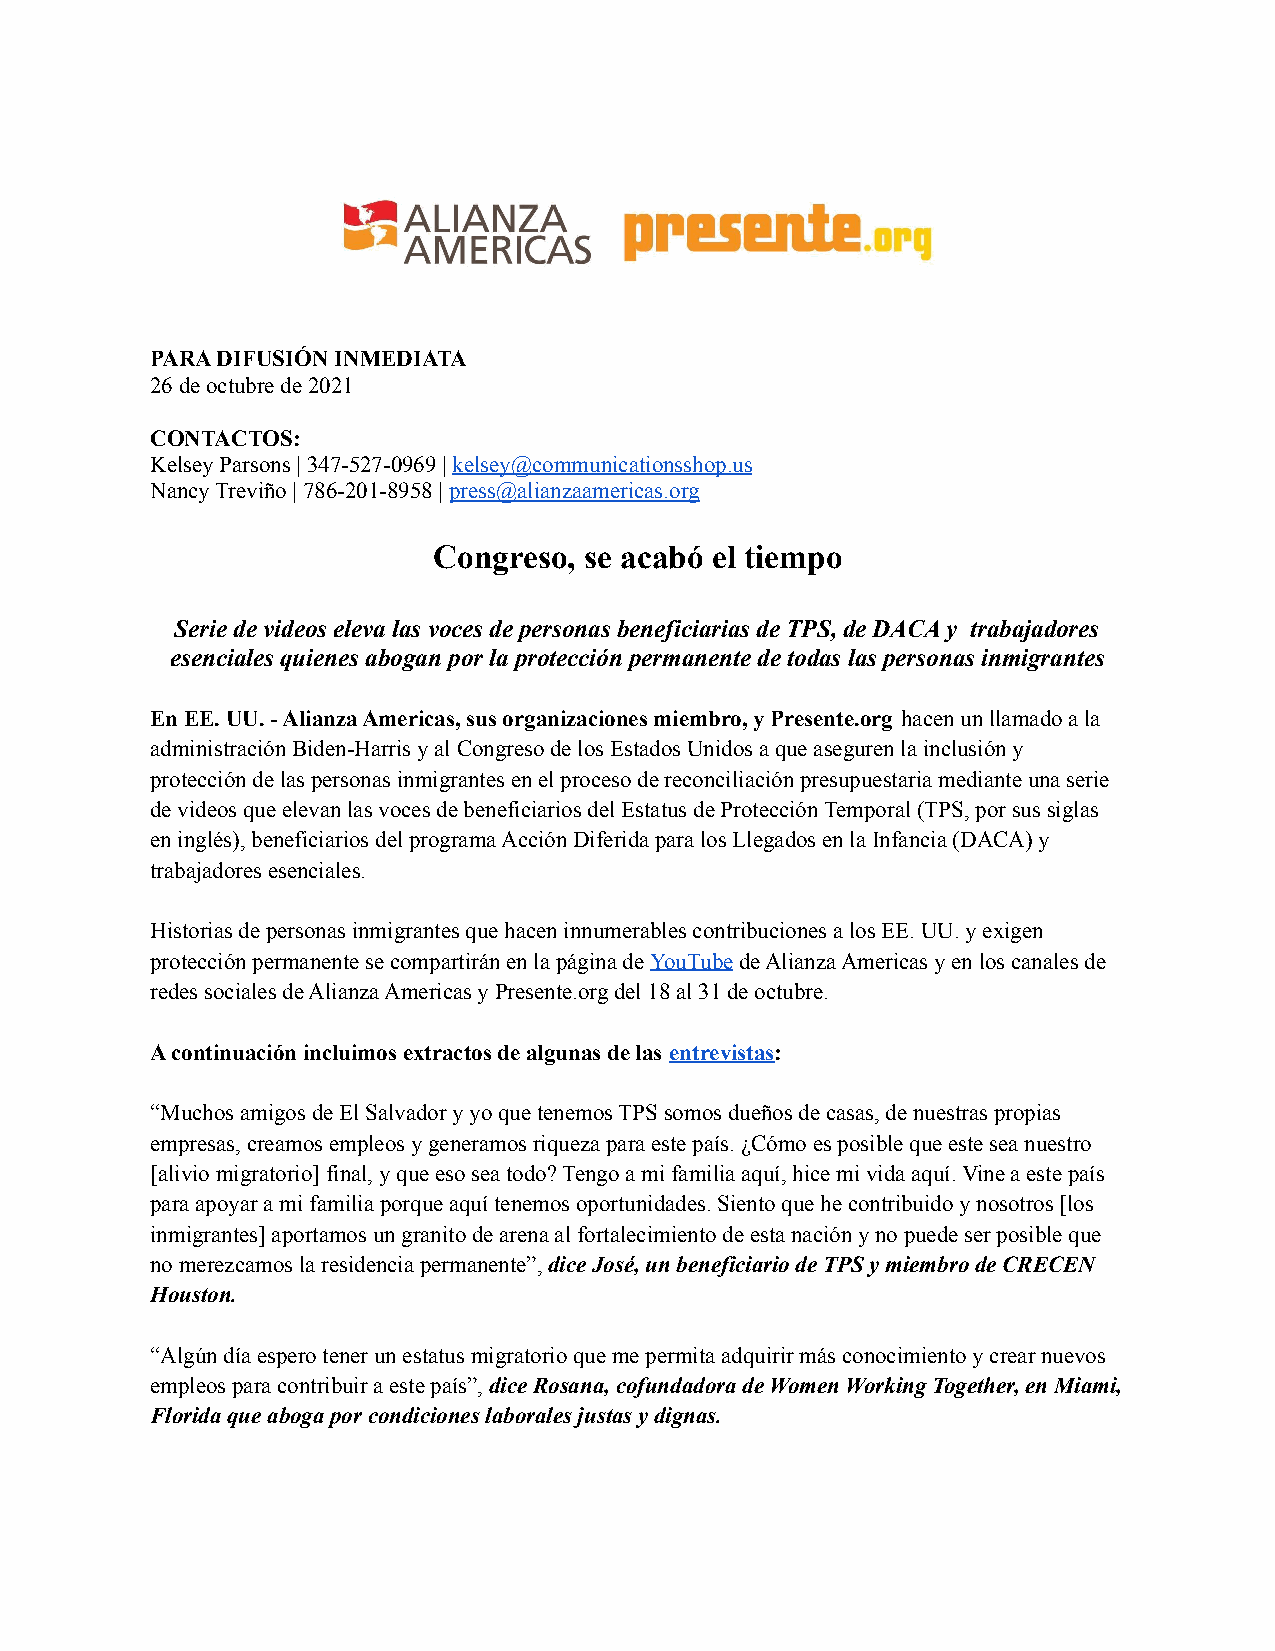
PARA DIFUSIÓN INMEDIATA
 26 de octubre de 2021
 CONTACTOS:
 Kelsey Parsons | 347-527-0969 |kelsey@communicationsshop.us
 Nancy Treviño | 786-201-8958 |press@alianzaamericas.org
 Congreso, se acabó el tiempo
 Serie de videos eleva las voces de personas beneficiarias de TPS, de DACA y trabajadores
 esenciales quienes abogan por la protección permanente de todas las personas inmigrantes
 En EE. UU. - Alianza Americas, sus organizaciones miembro, y Presente.org hacen un llamado a la
 administración Biden-Harris y al Congreso de los Estados Unidos a que aseguren la inclusión y
 protección de las personas inmigrantes en el proceso de reconciliación presupuestaria mediante una serie
 de videos que elevan las voces de beneficiarios del Estatus de Protección Temporal (TPS, por sus siglas
 en inglés), beneficiarios del programa Acción Diferida para los Llegados en la Infancia (DACA) y
 trabajadores esenciales.
 Historias de personas inmigrantes que hacen innumerables contribuciones a los EE. UU. y exigen
 protección permanente se compartirán en la página deYouTubede Alianza Americas y en los canales de
 redes sociales de Alianza Americas y Presente.org del 18 al 31 de octubre.
 A continuación incluimos extractos de algunas de las entrevistas:
 “Muchos amigos de El Salvador y yo que tenemos TPS somos dueños de casas, de nuestras propias
 empresas, creamos empleos y generamos riqueza para este país. ¿Cómo es posible que este sea nuestro
 [alivio migratorio] final, y que eso sea todo? Tengo a mi familia aquí, hice mi vida aquí. Vine a este país
 para apoyar a mi familia porque aquí tenemos oportunidades. Siento que he contribuido y nosotros [los
 inmigrantes] aportamos un granito de arena al fortalecimiento de esta nación y no puede ser posible que
 no merezcamos la residencia permanente”,dice José,un beneficiario de TPS y miembro de CRECEN
 Houston.
 “Algún día espero tener un estatus migratorio que me permita adquirir más conocimiento y crear nuevos
 empleos para contribuir a este país”,dice Rosana,cofundadora de Women Working Together, en Miami,
 Florida que aboga por condiciones laborales justas y dignas.